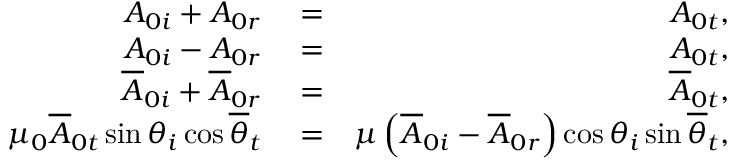
\begin{array} { r l r } { A _ { 0 i } + A _ { 0 r } } & { { } = } & { A _ { 0 t } , } \\ { A _ { 0 i } - A _ { 0 r } } & { { } = } & { A _ { 0 t } , } \\ { \overline { { A } } _ { 0 i } + \overline { { A } } _ { 0 r } } & { { } = } & { \overline { { A } } _ { 0 t } , } \\ { \mu _ { 0 } \overline { { A } } _ { 0 t } \sin \theta _ { i } \cos \overline { { \theta } } _ { t } } & { { } = } & { \mu \left( \overline { { A } } _ { 0 i } - \overline { { A } } _ { 0 r } \right) \cos \theta _ { i } \sin \overline { { \theta } } _ { t } , } \end{array}